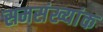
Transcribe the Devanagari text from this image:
समसंख्यांक